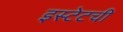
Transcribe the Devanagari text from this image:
इस्टेटची